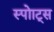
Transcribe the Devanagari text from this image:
स्पोाट्स